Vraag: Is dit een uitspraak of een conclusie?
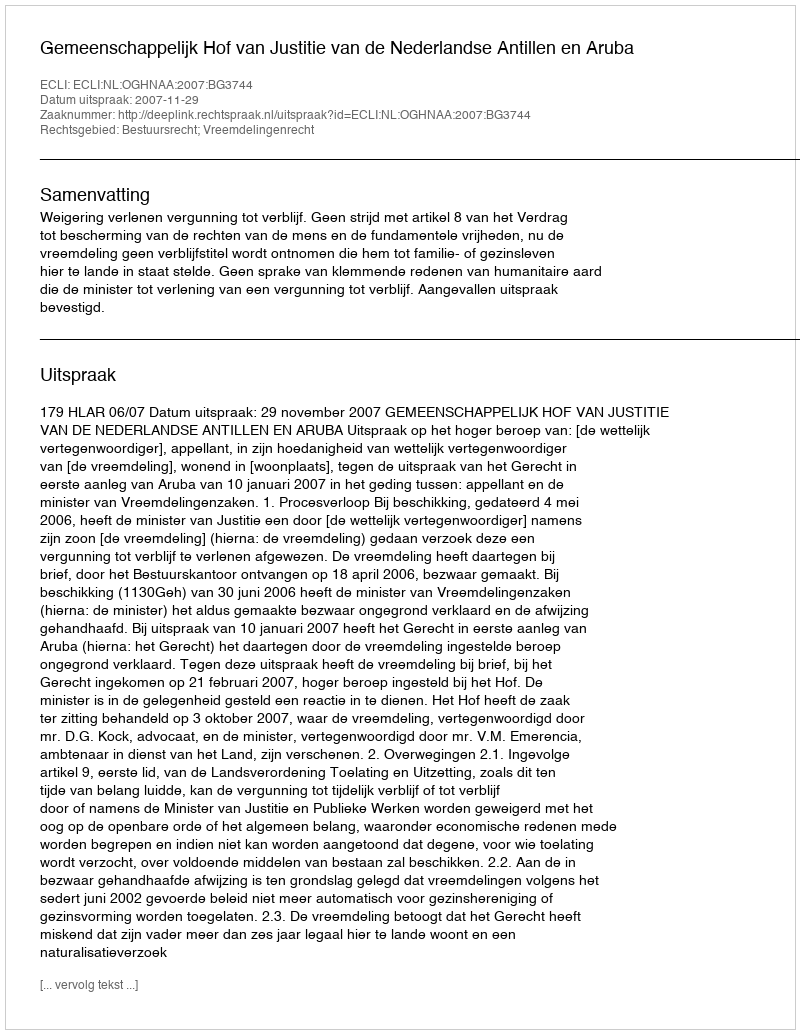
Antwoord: Uitspraak